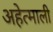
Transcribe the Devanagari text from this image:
अहेत्माली